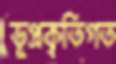
ভূপ্রকৃতিগত